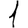
Digit: 1